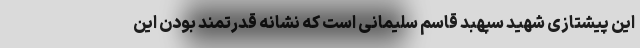
این پیشتازی شهید سپهبد قاسم سلیمانی است که نشانه قدرتمند بودن این